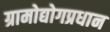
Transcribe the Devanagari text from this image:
ग्रामोद्योगप्रधान